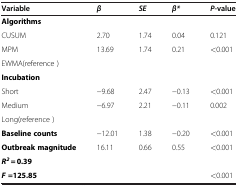
| Variable | β | SE | β* | P-value |
 | --- | --- | --- | --- | --- |
 | Algorithms |  |  |  |  |
 | CUSUM | 2.70 | 1.74 | 0.04 | 0.121 |
 | MPM | 13.69 | 1.74 | 0.21 | <0.001 |
 | EWMA(reference ) |  |  |  |  |
 | Incubation |  |  |  |  |
 | Short | −9.68 | 2.47 | −0.13 | <0.001 |
 | Medium | −6.97 | 2.21 | −0.11 | 0.002 |
 | Long(reference ) |  |  |  |  |
 | Baseline counts | −12.01 | 1.38 | −0.20 | <0.001 |
 | Outbreak magnitude | 16.11 | 0.66 | 0.55 | <0.001 |
 | R2 = 0.39 |  |  |  |  |
 | F=125.85 |  |  |  | <0.001 |